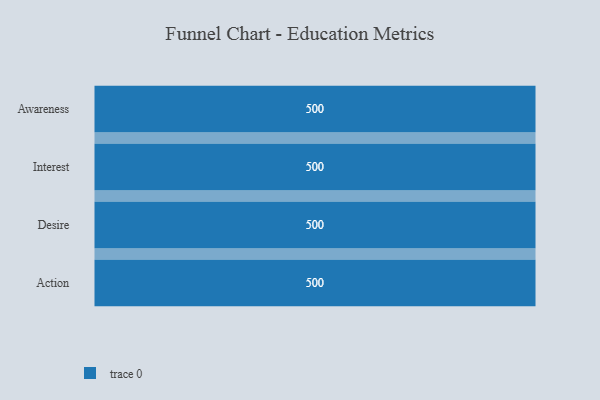
{"axis": {"x": "Stage", "y": "Value"}, "legend": [""], "data": [{"x": "Awareness", "y": 500, "type": ""}, {"x": "Interest", "y": 500, "type": ""}, {"x": "Desire", "y": 500, "type": ""}, {"x": "Action", "y": 500, "type": ""}]}